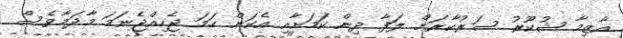
އާޒިމާ ޝުކޫރު ސަރުކާރަށް ލަފާ ދިން ކަމަށާއި އެކަން ހަމަ ޖެހިއްޖެނަމަ މާދަމާވެސް